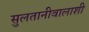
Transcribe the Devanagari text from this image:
सुलतानीवालाशी